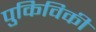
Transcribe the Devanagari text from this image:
पुकिविकी